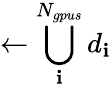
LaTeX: \gets\bigcup_{\mathbf{i}}^{N_{gpus}}d_{\mathbf{i}}